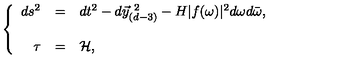
\left\{ \begin{array} { r c l } { d s ^ { 2 } } & { = } & { d t ^ { 2 } - d \vec { y } _ { ( d - 3 ) } ^ { \ 2 } - H | f ( \omega ) | ^ { 2 } d \omega d \bar { \omega } , } \\ { } & { } & { } \\ { \tau } & { = } & { { \cal H } , } \\ \end{array} \right.